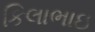
કિલાભાઇ